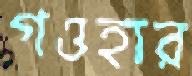
গওহার